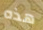
هذه